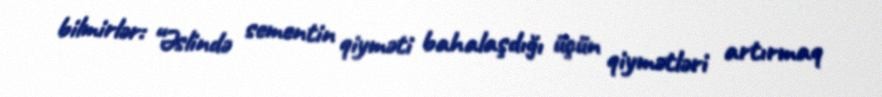
bilmirlər: “Əslində sementin qiyməti bahalaşdığı üçün qiymətləri artırmaq